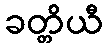
ခတ္တိယီ